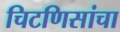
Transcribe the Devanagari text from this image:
चिटणिसांचा